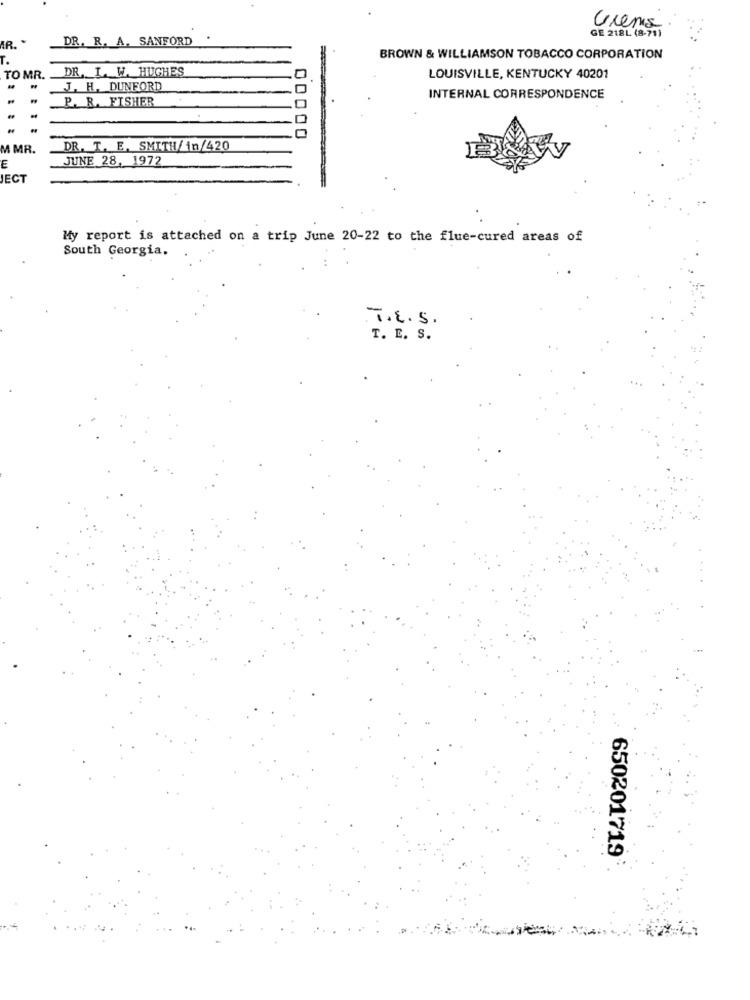
GE 218L (8-737
Grena
IR.
DR. R. A. SANFORD
BROWN & WILLIAMSON TOBACCO CORPORATION
DR. I. W. HUGHES
TO MR.
0
LOUISVILLE, KENTUCKY 40201
J. H. DUNFORD
P. R. FISHER
INTERNAL CORRESPONDENCE
0
00000
M MR.
DR. T. E. SMITH/in/420
JUNE 28, 1972
E
JECT
My report is attached on a trip June 20-22 to the flue-cured areas of
South Georgia.
T.E.S.
T. E. S.
650201719